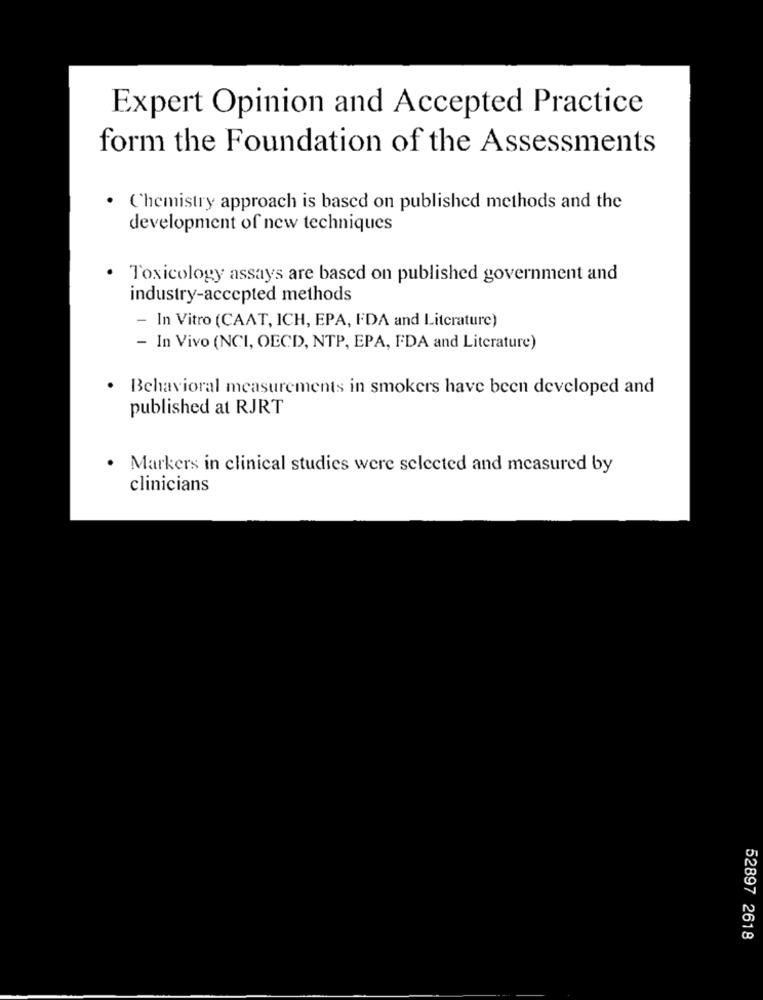
Expert Opinion and Accepted Practice
form the Foundation of the Assessments
. Chemistry approach is based on published methods and the
development of new techniques
.
Toxicology assays are based on published government and
industry-accepted methods
- In Vitro (CAAT, ICH, EPA, FDA and Literature)
- In Vivo (NCI, OECD, NTP, EPA, FDA and Literature)
. Behavioral measurements in smokers have been developed and
published at RJRT
· Markers in clinical studies were selected and measured by
clinicians
52897 2618